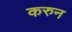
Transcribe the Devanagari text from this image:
करुन